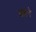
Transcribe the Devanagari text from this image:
बच्चने